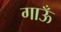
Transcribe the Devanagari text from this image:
गाऊँ